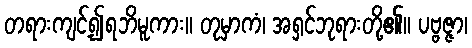
တရားကျင့်၍ရဘိမူကား။ တုမှာကံ၊ အရှင်ဘုရားတို့၏။ ပဗ္ဗဇ္ဇာ၊